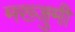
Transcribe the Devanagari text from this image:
मख्जुमी